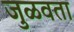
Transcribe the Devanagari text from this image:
जुळवता